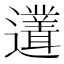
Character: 𲆇